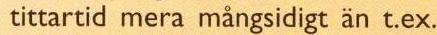
tittartid mera mångsidigt än t.ex.